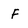
Character: F